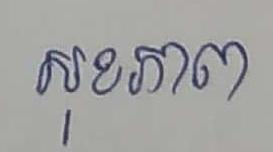
សុខភាព